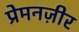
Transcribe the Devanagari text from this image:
प्रेमनज़ीर